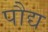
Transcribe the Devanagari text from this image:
पौद्य